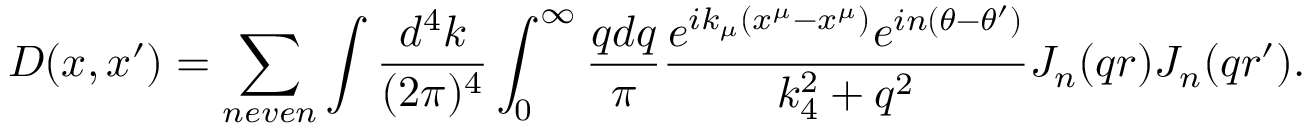
D ( x , x ^ { \prime } ) = \sum _ { n e v e n } \int { \frac { d ^ { 4 } k } { ( 2 \pi ) ^ { 4 } } } \int _ { 0 } ^ { \infty } { \frac { q d q } { \pi } } { \frac { e ^ { i k _ { \mu } ( x ^ { \mu } - x ^ { \mu } ) } e ^ { i n ( \theta - \theta ^ { \prime } ) } } { k _ { 4 } ^ { 2 } + q ^ { 2 } } } J _ { n } ( q r ) J _ { n } ( q r ^ { \prime } ) .